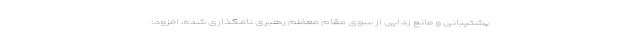
پشتیبانی و مانع زدایی از سوی مقام معظم رهبری نامگذاری شده، افزود: